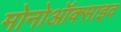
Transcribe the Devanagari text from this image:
मोनोऑक्साइद